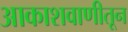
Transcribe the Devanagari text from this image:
आकाशवाणीतून